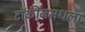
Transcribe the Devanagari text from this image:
टॉकींजमधला